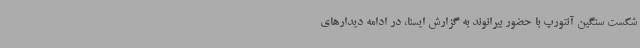
شکست سنگین آنتورپ با حضور بیرانوند به گزارش ایسنا، در ادامه دیدارهای